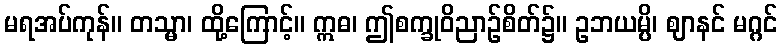
မရအပ်ကုန်။ တသ္မာ၊ ထို့ကြောင့်။ ဣဓ၊ ဤစက္ခုဝိညာဉ်စိတ်၌။ ဥဘယမ္ပိ၊ ဈာနင် မဂ္ဂင်